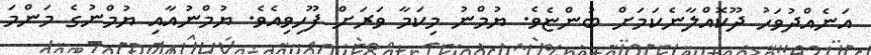
އަނެއްދުވަހު ދޫކޮއްލާނެކަމަށް ބުންޏެވެ. ޔުމްނު މިކަމާ ވަރަށް ފޫހިވިއެވެ. ޔުމްނުއާއި ޔުމްނުގެ މަންމަ